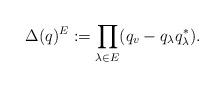
LaTeX: \begin{align*}\Delta(q)^E:=\prod_{\lambda\in E}(q_v-q_\lambda q_\lambda^*).\end{align*}